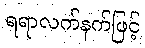
ရရာလက်နက်ဖြင့်